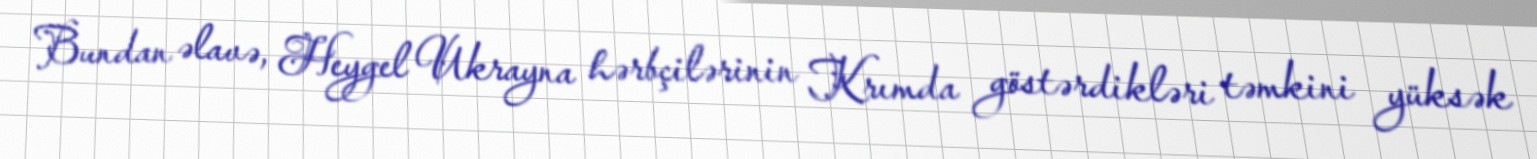
Bundan əlavə, Heygel Ukrayna hərbçilərinin Krımda göstərdikləri təmkini yüksək